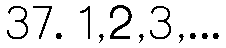
37. 1,2,3,...